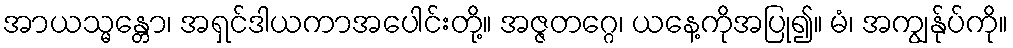
အာယသ္မန္တော၊ အရှင်ဒါယကာအပေါင်းတို့။ အဇ္ဇတဂ္ဂေ၊ ယနေ့ကိုအပြု၍။ မံ၊ အကျွန်ုပ်ကို။